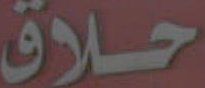
حلاق